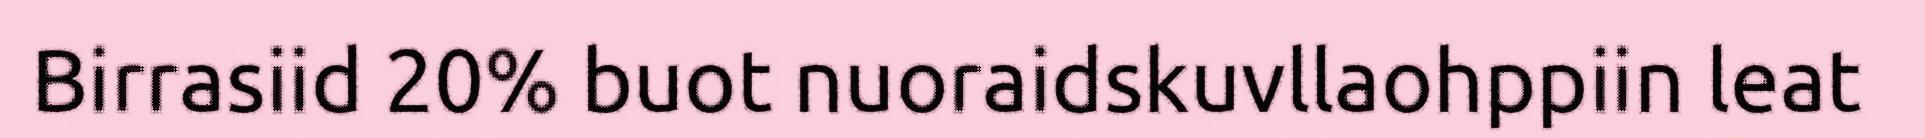
Birrasiid 20% buot nuoraidskuvllaohppiin leat